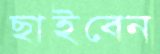
ছাইবেন